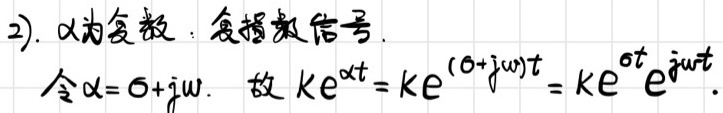
2). $\alpha$为复数，复指数信号.
令$\alpha = \sigma + j\omega$. 故$k e^{\alpha t}=k e^{(\sigma + j\omega)t}=k e^{\sigma t}e^{j\omega t}$.